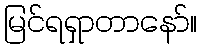
မြင်ရရှာတာနော်။